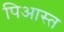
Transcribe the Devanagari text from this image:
पिआस्त